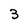
Character: 3